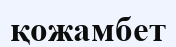
қожамбет